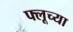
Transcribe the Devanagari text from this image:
फ्लूच्या